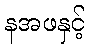
နအဖနှင့်